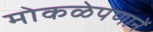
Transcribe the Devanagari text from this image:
मोकळेपणानें